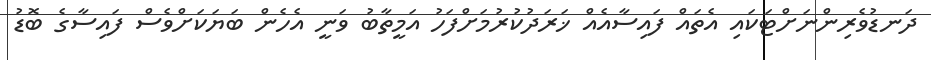
ދަނޑުވެރިންނަށްޓަކައި އެތައް ފައިސާއެއް ޚަރަދުކުރުމަށްފަހު އަމީތާބު ވަނީ އެހެން ބަޔަކަށްވެސް ފައިސާގެ ބޮޑު